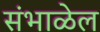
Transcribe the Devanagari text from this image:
संभाळेल